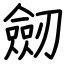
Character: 劒